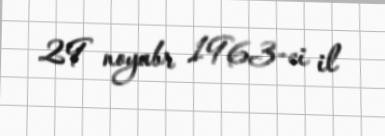
29 noyabr 1963-ci il